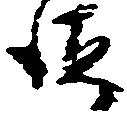
海